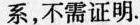
系，不需证明.